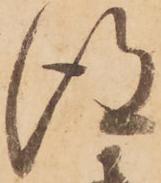
得